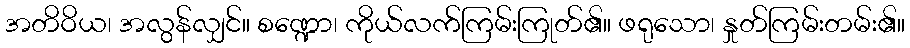
အတိဝိယ၊ အလွန်လျှင်။ စဏ္ဍော၊ ကိုယ်လက်ကြမ်းကြုတ်၏။ ဖရုသော၊ နှုတ်ကြမ်းတမ်း၏။